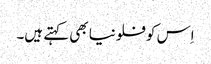
اِس کو فلونیا بھی کہتے ہیں۔